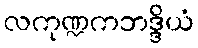
လကုဏ္ဍကဘဒ္ဒိယံ